Civil Veterinary Dept. Assam report 1911-1927 - 1911-1927
Year: 1911
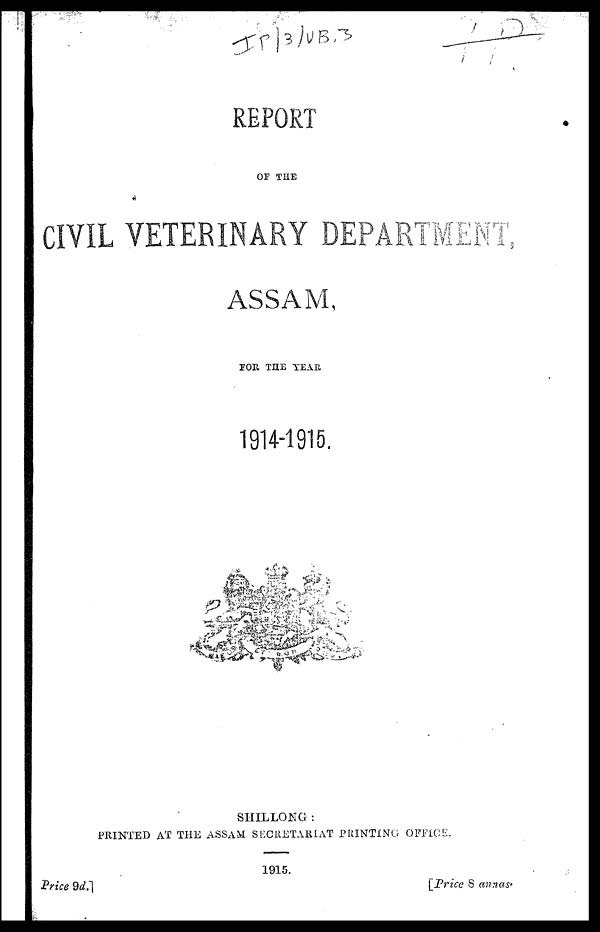
REPORT
OF THE
CIVIL VETERINARY DEPARTMENT
ASSAM,
FOR THE YEAR
1914-1915.
SHILLONG :
PRINTED AT THE ASSAM SECRETARIAT PRINTING OFFICE.
1915.
Price
9d.]
[Price 8 annas-